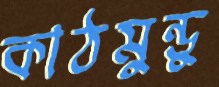
কাঠমুন্ডু